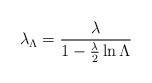
LaTeX: \begin{align*}\lambda_{\Lambda}={\lambda\over 1-{\lambda\over 2}\ln\Lambda}\end{align*}